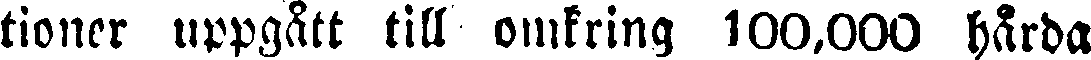
tioner uppgätt till omkring 100,000 hårda